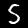
Label: 5